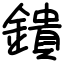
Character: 鐀